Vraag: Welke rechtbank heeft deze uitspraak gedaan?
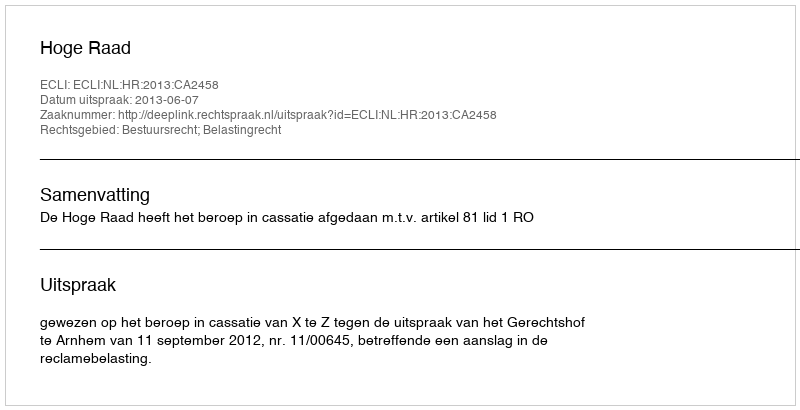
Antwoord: Hoge Raad